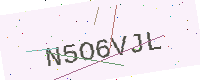
Text: N5O6VJL